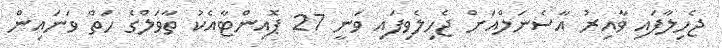
ޖެހިލާފައި ވާއިރު އާސެނަލްއަށް ޖެހިލެވިފައި ވަނީ 27 ޕޮއިންޓާއެކު ތާވަލްގެ ހަތް ވަނައިން